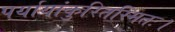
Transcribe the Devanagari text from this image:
पर्यायांकुरितस्मितः।